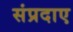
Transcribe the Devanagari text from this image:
संप्रदाए